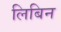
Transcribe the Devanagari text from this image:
लिबिन